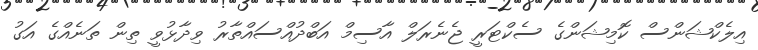
އިލެކްޝަންސް ކޮމިޝަންގެ ސެކްޓަރީ ޖެނެރަލް އާސިމް އަބްދުއްސައްތާރު ވިދާޅުވީ ތިން ތަނެއްގެ އަގު